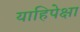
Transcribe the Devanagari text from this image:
याहिपेक्षा